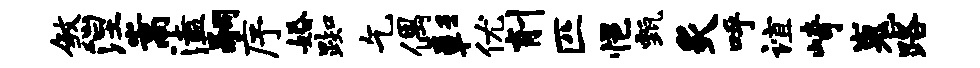
煞涅嵩溘嗣序婚踟乞偶彰优削匹悒甄炙呼谊崎嵬路